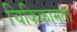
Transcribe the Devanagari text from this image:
चिकिकामता